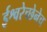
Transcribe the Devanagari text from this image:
ईश्वरेच्छेनेच